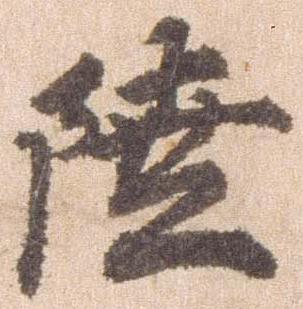
陸